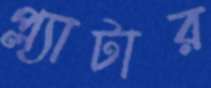
প্ল্যাটার